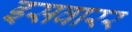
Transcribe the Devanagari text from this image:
इसवारर